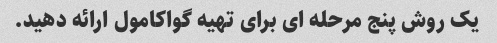
یک روش پنج مرحله ای برای تهیه گواکامول ارائه دهید.